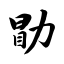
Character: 勖